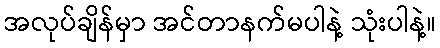
အလုပ်ချိန်မှာ အင်တာနက်မပါနဲ့ သုံးပါနဲ့။